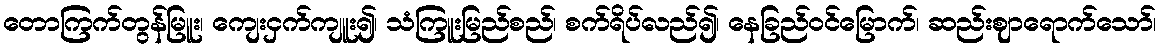
တောကြက်တွန်မြူး၊ ကျေးငှက်ကျူး၍၊ သံကြူးမြည်စည်၊ စက်ရိပ်လည်၍၊ နေခြည်ဝင်မြောက်၊ ဆည်းဈာရောက်သော်၊